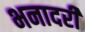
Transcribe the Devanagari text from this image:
भनादरी